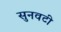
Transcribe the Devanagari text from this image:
सुनवटी